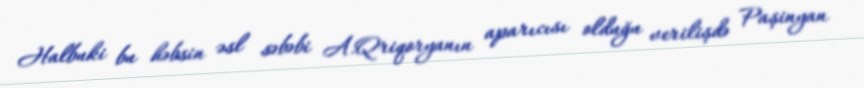
Halbuki bu həbsin əsl səbəbi A.Qriqoryanın aparıcısı olduğu verilişdə Paşinyan